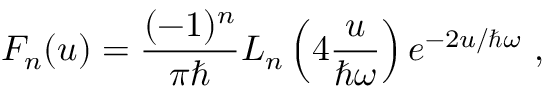
F _ { n } ( u ) = { \frac { ( - 1 ) ^ { n } } { \pi \hbar } } L _ { n } \left( 4 { \frac { u } { \hbar \omega } } \right) e ^ { - 2 u / \hbar \omega } ~ ,